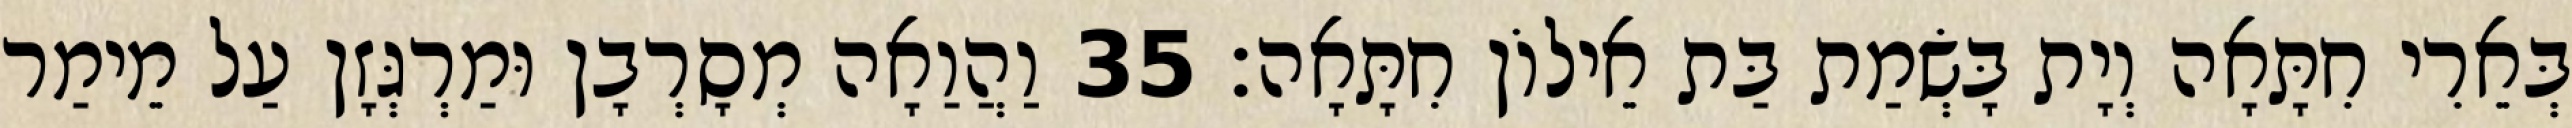
בְּאֵרִי חִתָּאָה וְיָת בָּשְׂמַת בַּת אֵילוֹן חִתָּאָה׃ 35 וַהֲוַאָה מְסָרְבָן וּמַרְגְּזָן עַל מֵימַר